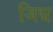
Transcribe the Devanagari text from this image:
जिद्म